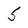
Character: 5